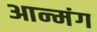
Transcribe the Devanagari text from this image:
आन्मंग